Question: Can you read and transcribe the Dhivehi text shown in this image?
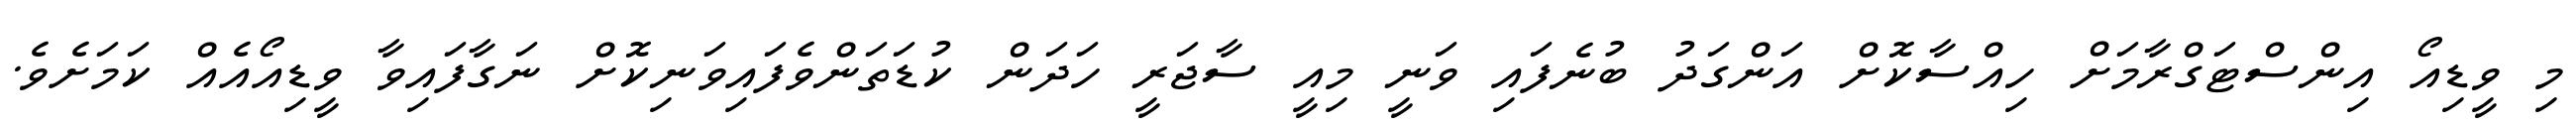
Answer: މި ވީޑިއޯ އިންސްޓަގްރާމަށް ހިއްސާކޮށް އަންގަދު ބުނެފައި ވަނީ މިއީ ސާޖަރީ ހަދަން ކުޑަތަންވެފައިވަނިކޮށް ނަގާފައިވާ ވީޑިއޯއެއް ކަމަށެވެ.